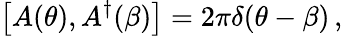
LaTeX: \left[A(\theta),A^{\dagger}(\beta)\right]=2\pi\delta(\theta-\beta)\, ,